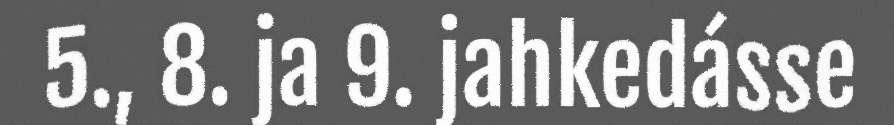
5., 8. ja 9. jahkedásse